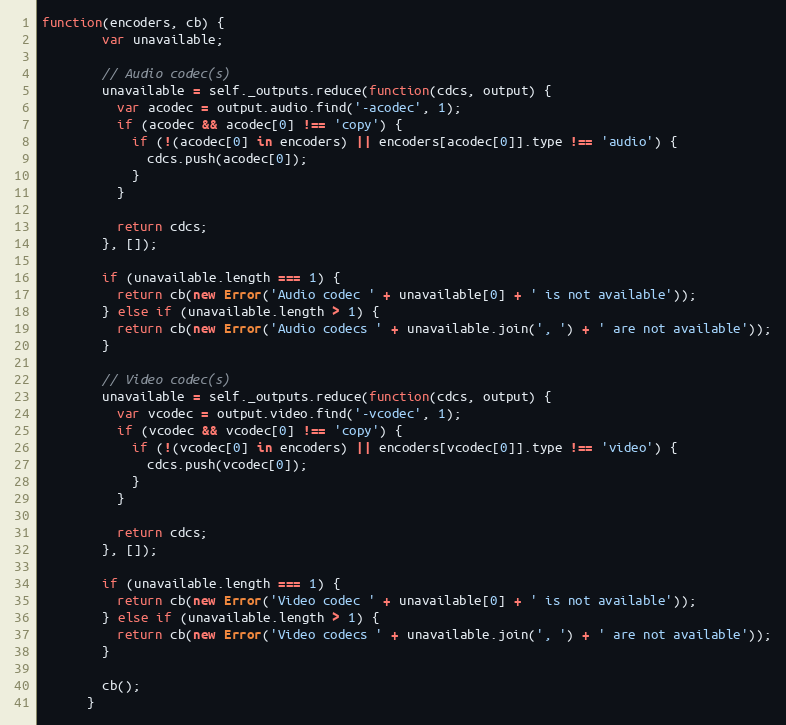
Language: JavaScript
function(encoders, cb) {
        var unavailable;

        // Audio codec(s)
        unavailable = self._outputs.reduce(function(cdcs, output) {
          var acodec = output.audio.find('-acodec', 1);
          if (acodec && acodec[0] !== 'copy') {
            if (!(acodec[0] in encoders) || encoders[acodec[0]].type !== 'audio') {
              cdcs.push(acodec[0]);
            }
          }

          return cdcs;
        }, []);

        if (unavailable.length === 1) {
          return cb(new Error('Audio codec ' + unavailable[0] + ' is not available'));
        } else if (unavailable.length > 1) {
          return cb(new Error('Audio codecs ' + unavailable.join(', ') + ' are not available'));
        }

        // Video codec(s)
        unavailable = self._outputs.reduce(function(cdcs, output) {
          var vcodec = output.video.find('-vcodec', 1);
          if (vcodec && vcodec[0] !== 'copy') {
            if (!(vcodec[0] in encoders) || encoders[vcodec[0]].type !== 'video') {
              cdcs.push(vcodec[0]);
            }
          }

          return cdcs;
        }, []);

        if (unavailable.length === 1) {
          return cb(new Error('Video codec ' + unavailable[0] + ' is not available'));
        } else if (unavailable.length > 1) {
          return cb(new Error('Video codecs ' + unavailable.join(', ') + ' are not available'));
        }

        cb();
      }